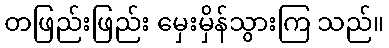
တဖြည်းဖြည်း မှေးမှိန်သွားကြ သည်။